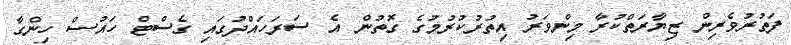
ފަތުރުވެރިން ޒިޔާރަތްކުރާ މިންވަރު އިތުރުކުރުމުގެ ގޮތުން އެ ސަރަހައްދުގައި ގެސްޓް ހައުސް ހިންގާ